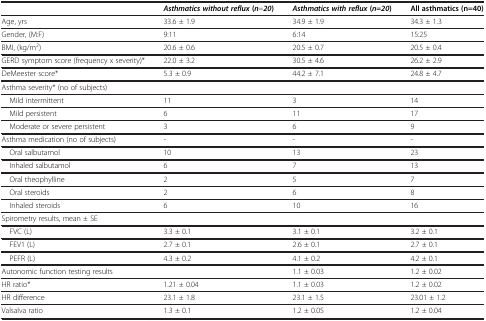
|  | Asthmatics without reflux (n=20) | Asthmatics with reflux ( n = 20 ) | All asthmatics (n=40) |
 | --- | --- | --- | --- |
 | Age, yrs | 33.6 ± 1.9 | 34.9 ± 1.9 | 34.3 ± 1.3 |
 | Gender, (M:F) | 9:11 | 6:14 | 15:25 |
 | BMI, (kg/m2) | 20.6 ± 0.6 | 20.5 ± 0.7 | 20.5 ± 0.4 |
 | GERD symptom score (frequency x severity)* | 22.0 ± 3.2 | 30.5 ± 4.6 | 26.2 ± 2.9 |
 | DeMeester score* | 5.3 ± 0.9 | 44.2 ± 7.1 | 24.8 ± 4.7 |
 | Asthma severity* (no of subjects) |  |  |  |
 | Mild intermittent | 11 | 3 | 14 |
 | Mild persistent | 6 | 11 | 17 |
 | Moderate or severe persistent | 3 | 6 | 9 |
 | Asthma medication (no of subjects) | - | - | - |
 | Oral salbutamol | 10 | 13 | 23 |
 | Inhaled salbutamol | 6 | 7 | 13 |
 | Oral theophylline | 2 | 5 | 7 |
 | Oral steroids | 2 | 6 | 8 |
 | Inhaled steroids | 6 | 10 | 16 |
 | Spirometry results, mean ± SE |  |  |  |
 | FVC (L) | 3.3 ± 0.1 | 3.1 ± 0.1 | 3.2 ± 0.1 |
 | FEV1 (L) | 2.7 ± 0.1 | 2.6 ± 0.1 | 2.7 ± 0.1 |
 | PEFR (L) | 4.3 ± 0.2 | 4.1 ± 0.2 | 4.2 ± 0.1 |
 | Autonomic function testing results |  | 1.1 ± 0.03 | 1.2 ± 0.02 |
 | HR ratio* | 1.21 ± 0.04 | 1.1 ± 0.03 | 1.2 ± 0.02 |
 | HR difference | 23.1 ± 1.8 | 23.1 ± 1.5 | 23.01 ± 1.2 |
 | Valsalva ratio | 1.3 ± 0.1 | 1.2 ± 0.05 | 1.2 ± 0.04 |